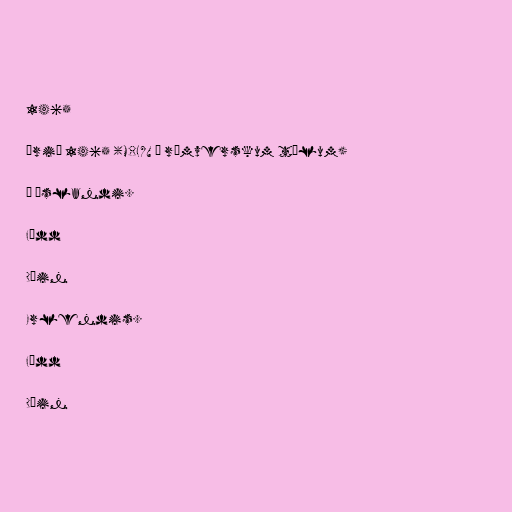
1465

Árið 1465 (MCDLXV í rómverskum tölum)

Á Íslandi.

Fædd

Dáin

Erlendis.

Fædd

Dáin